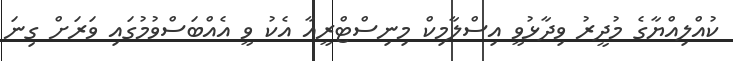
ކުއްލިއްޔާގެ މުދީރު ވިދާޅުވީ އިސްލާމިކް މިނިސްޓްރީއާ އެކު ވީ އެއްބަސްވުމުގައި ވަރަށް ގިނަ